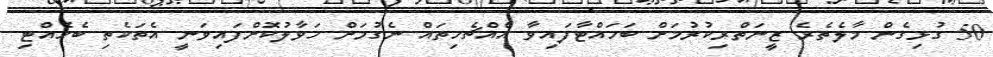
50 ގުޅިގެން މާލެތެރެ ޒީނަތްރިކުރުމަށް ބަހައްޓާފައިވާ އެއްޗެހިތައް ނެގުމަށް ހަވާލުކޮށްފައިވަނީ އެތަކެތި ބެހެއްޓި